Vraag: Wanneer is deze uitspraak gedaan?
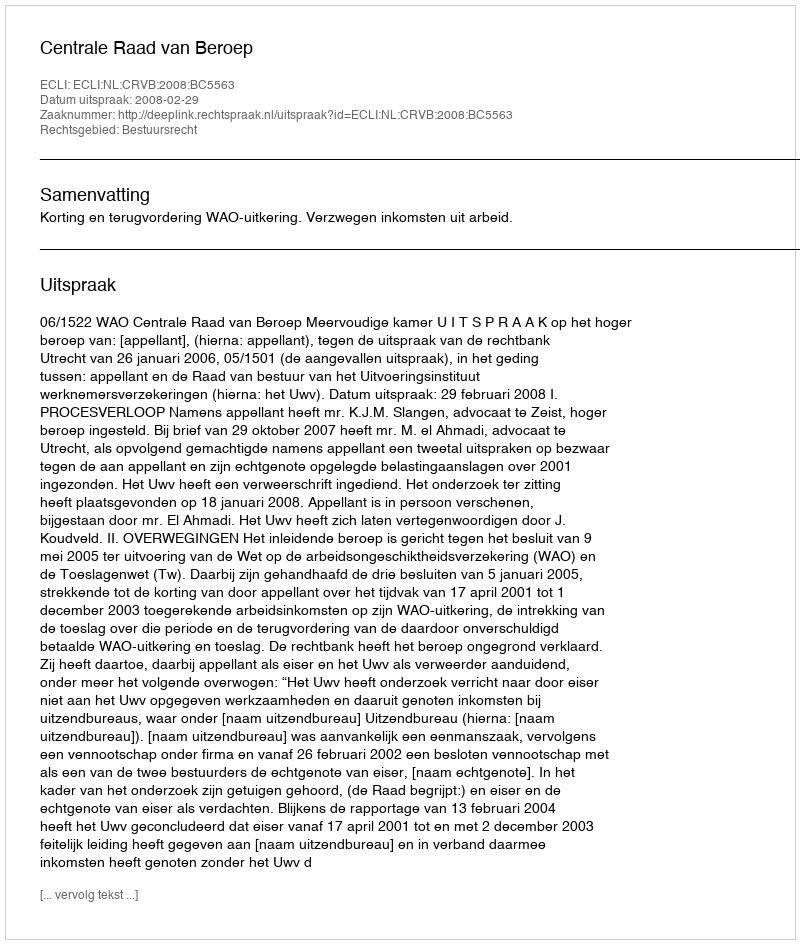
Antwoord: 2008-02-29